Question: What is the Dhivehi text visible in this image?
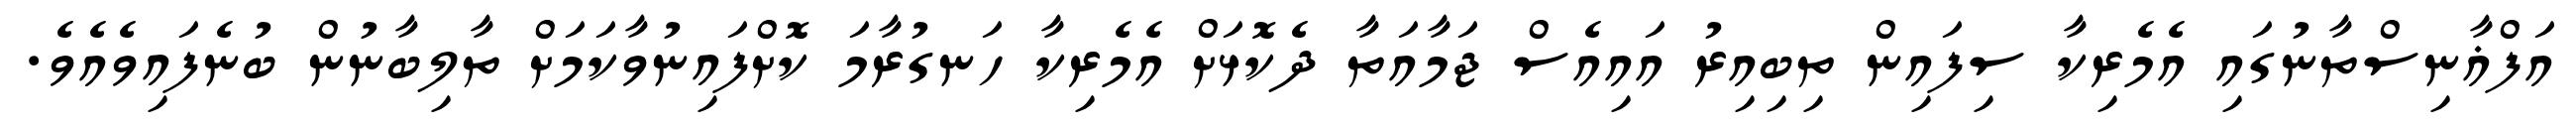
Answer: އަފްޣާނިސްތާނުގައި އެމެރިކާ ސިފައިން ތިބިއިރު އައިއެސް ޖަމާއަތާ ދެކޮޅަށް އެމެރިކާ ހަނގުރާމަ ކޮށްފައިނުވާކަމަށް ތާލިބާނުން ބުނެފައިވެއެވެ.